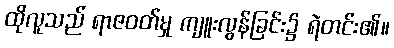
ထိုလူသည် ရာဇဝတ်မှု ကျူးလွန်ခြင်း၌ ရဲတင်း၏။